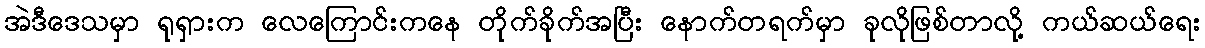
အဲဒီဒေသမှာ ရုရှားက လေကြောင်းကနေ တိုက်ခိုက်အပြီး နောက်တရက်မှာ ခုလိုဖြစ်တာလို့ ကယ်ဆယ်ရေး